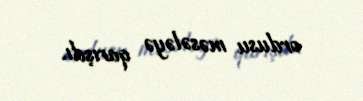
ordusu məsələyə qarışdı.